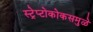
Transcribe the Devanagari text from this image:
स्ट्रेप्टोकोकसमुळे